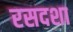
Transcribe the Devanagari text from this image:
रसदशा